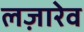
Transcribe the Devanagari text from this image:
लज़ारेव